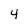
Character: 4